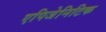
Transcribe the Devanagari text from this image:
एपिजेनिटिक